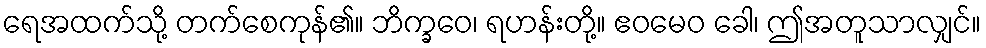
ရေအထက်သို့ တက်စေကုန်၏။ ဘိက္ခဝေ၊ ရဟန်းတို့။ ဧဝမေဝ ခေါ၊ ဤအတူသာလျှင်။